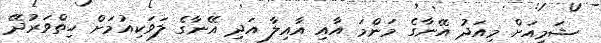
ޝަމީއަށް މިއަދު އޭނާގެ މަންމަ އާއި އާއިލާ އަދި އޭނާގެ ލަވަކިއުމަށް ހިތްވަރުދޭ